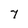
Character: 7